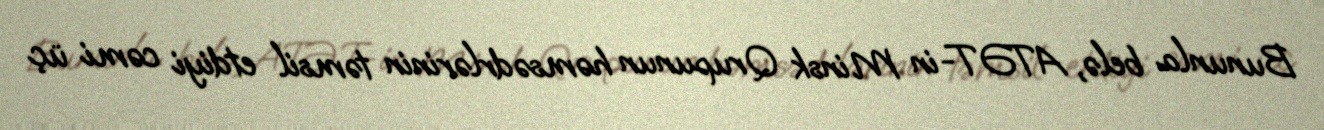
Bununla belə, ATƏT-in Minsk Qrupunun həmsədrlərinin təmsil etdiyi cəmi üç